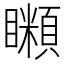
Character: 𥌨